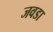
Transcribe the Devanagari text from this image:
जवडा